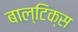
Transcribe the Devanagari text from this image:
बाल्टिक्स